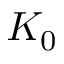
K _ { 0 }